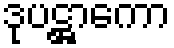
ဒုပဋ္ဌာကော